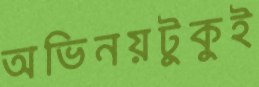
অভিনয়টুকুই